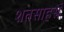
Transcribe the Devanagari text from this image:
शतसाहस्रं